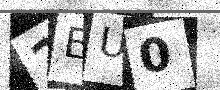
Text: 2EU0